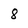
Character: 8